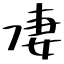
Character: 凄